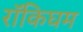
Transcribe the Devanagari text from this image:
रॉकिघम